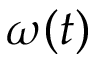
\omega ( t )